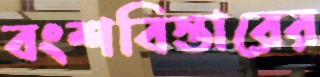
বংশবিস্তারের